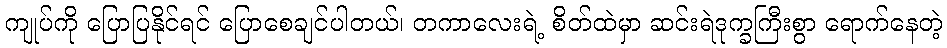
ကျုပ်ကို ပြောပြနိုင်ရင် ပြောစေချင်ပါတယ်၊ တကာလေးရဲ့ စိတ်ထဲမှာ ဆင်းရဲဒုက္ခကြီးစွာ ရောက်နေတဲ့